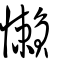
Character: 懶